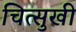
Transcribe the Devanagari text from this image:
चित्सुखी